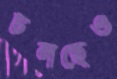
চলছেও